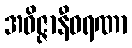
အဝိဇ္ဇာနီဝရဏာ